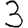
Digit: 3